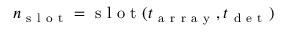
n _ { \mathrm { ~ s ~ l ~ o ~ t ~ } } = \mathrm { ~ s ~ l ~ o ~ t ~ } ( t _ { \mathrm { ~ a ~ r ~ r ~ a ~ y ~ } } , t _ { \mathrm { ~ d ~ e ~ t ~ } } )